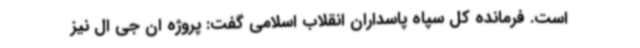
است. فرمانده کل سپاه پاسداران انقلاب اسلامی گفت: پروژه ان جی ال نیز